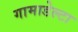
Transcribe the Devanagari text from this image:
गामाडेल्टा